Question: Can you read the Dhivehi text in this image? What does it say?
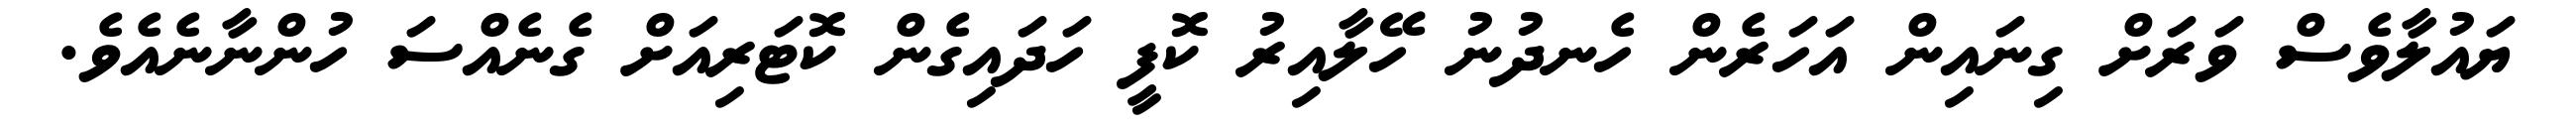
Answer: ޔައުލާވެސް ވަރަށް ގިނައިން އަހަރެން ހެނދުނު ހޭލާއިރު ކޮފީ ހަދައިގެން ކޮޓަރިއަށް ގެނެއްސަ ހުންނާނެއެވެ.